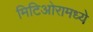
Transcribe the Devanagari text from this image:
मिटिओरामध्ये